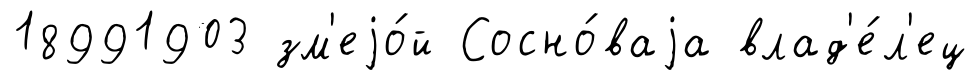
18991903 зм'еjо́й Сосно́ваjа влад'е́л'ец